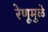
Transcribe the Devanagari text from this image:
रेणूमुळे